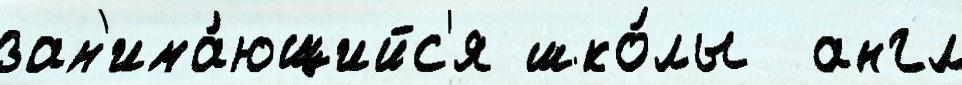
зан'има́ющийс'я шко́лы  англ